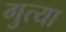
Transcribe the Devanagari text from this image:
गुत्या